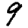
Digit: 9